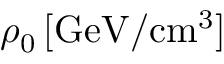
\rho _ { 0 } \, [ \mathrm { G e V } / \mathrm { c m } ^ { 3 } ]